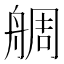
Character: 𦩍